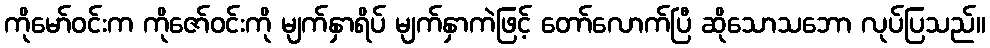
ကိုမော်ဝင်းက ကိုဇော်ဝင်းကို မျက်နှာရိပ် မျက်နှာကဲဖြင့် တော်လောက်ပြီ ဆိုသောသဘော လုပ်ပြသည်။